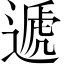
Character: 遞